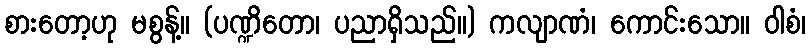
စားတော့ဟု မစွန့်။ (ပဏ္ဍိတော၊ ပညာရှိသည်။) ကလျာဏံ၊ ကောင်းသော။ ဝါစံ၊